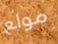
مولع